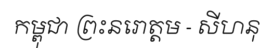
កម្ពុជា ព្រះនរោត្តម - សីហនុ